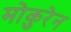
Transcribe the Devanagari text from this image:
मोकुरेन